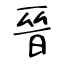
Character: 晉